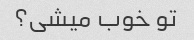
تو خوب میشی؟